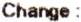
CHANGE :